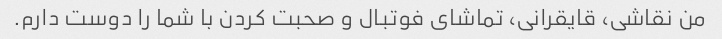
من نقاشی، قایقرانی، تماشای فوتبال و صحبت کردن با شما را دوست دارم.